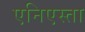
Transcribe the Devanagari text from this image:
एनिएस्ता